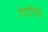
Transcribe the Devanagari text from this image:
गंगागिरि